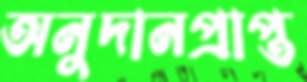
অনুদানপ্রাপ্ত